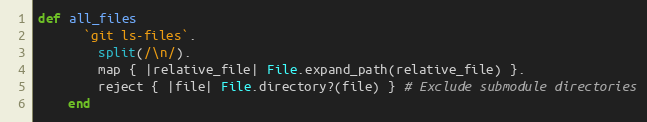
Language: Ruby
def all_files
      `git ls-files`.
        split(/\n/).
        map { |relative_file| File.expand_path(relative_file) }.
        reject { |file| File.directory?(file) } # Exclude submodule directories
    end